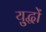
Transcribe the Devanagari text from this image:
यु्द्धों